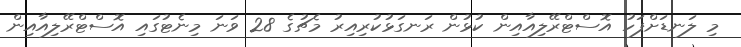
މި ލަނޑަށްފަހު އޮސްޓްރޭލިއާއިން ކުޅުން ރަނގަޅުކުރިއިރު މެޗުގެ 28 ވަނަ މިނެޓުގައި އޮސްޓްރޭލިއާއިން